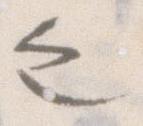
之